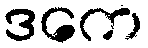
ဒကေ